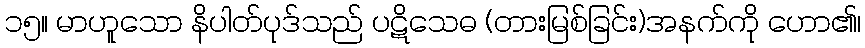
၁၅။ မာဟူသော နိပါတ်ပုဒ်သည် ပဋိသေဓ (တားမြစ်ခြင်း)အနက်ကို ဟော၏၊